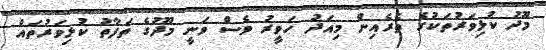
މޫދު ކުޅިވަރުތަކުގެ ތެރެއިން މިއަދު ހަވީރު ވެސް ވަނީ މޫދުގެ ތަފާތު ކުޅިވަރުތައް